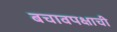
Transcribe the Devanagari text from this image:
बचावपक्षाची